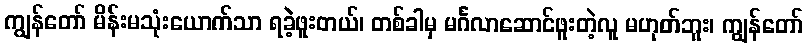
ကျွန်တော် မိန်းမသုံးယောက်သာ ရခဲ့ဖူးတယ်၊ တစ်ခါမှ မင်္ဂလာဆောင်ဖူးတဲ့လူ မဟုတ်ဘူး၊ ကျွန်တော်